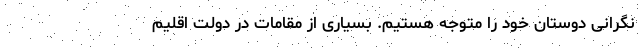
نگرانی دوستان خود را متوجه هستیم. بسیاری از مقامات در دولت اقلیم